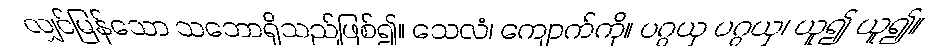
လျှင်မြန်သော သဘောရှိသည်ဖြစ်၍။ သေလံ၊ ကျောက်ကို။ ပဂ္ဂယှ ပဂ္ဂယှ၊ ယူ၍ ယူ၍။